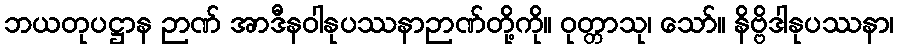
ဘယတုပဋ္ဌာန ဉာဏ် အာဒီနဝါနုပဿနာဉာဏ်တို့ကို။ ဝုတ္တာသု၊ သော်။ နိဗ္ဗိဒါနုပဿနာ၊